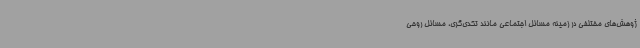
ژوهش‌های مختلفی در زمینه مسائل اجتماعی مانند تکدی‌گری، مسائل روحی